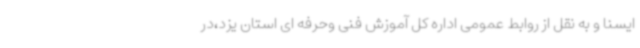
ایسنا و به نقل از روابط عمومی اداره کل آموزش فنی وحرفه ای استان یزد،در